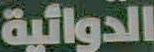
الدوائية